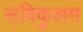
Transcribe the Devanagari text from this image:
सबिकुलम